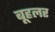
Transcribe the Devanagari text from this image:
बूहलर